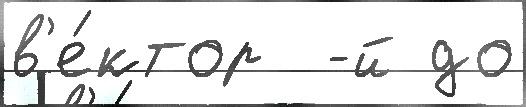
в'е́ктор  -й до